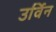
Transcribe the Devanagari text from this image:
उर्विन